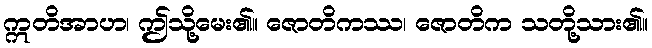
ဣတိအာဟ၊ ဤသို့မေး၏။ ဇောတိကဿ၊ ဇောတိက သတို့သား၏။